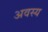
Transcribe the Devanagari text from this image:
अवस्य